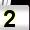
Digit: 2